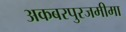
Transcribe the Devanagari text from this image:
अकबरपुरजमीमा